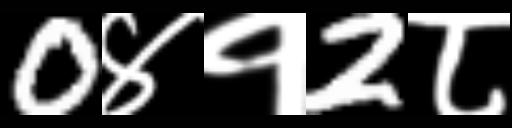
Text: 0४१2८